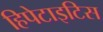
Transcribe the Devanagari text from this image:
हिपेटाइटिस